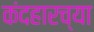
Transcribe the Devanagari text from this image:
कंदहारच्या